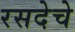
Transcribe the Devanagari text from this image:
रसदेचे